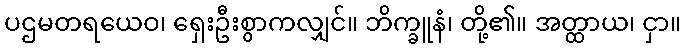
ပဌမတရယေဝ၊ ရှေးဦးစွာကလျှင်။ ဘိက္ခူနံ၊ တို့၏။ အတ္ထာယ၊ ငှာ။